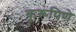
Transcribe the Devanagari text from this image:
कुरूपिणे